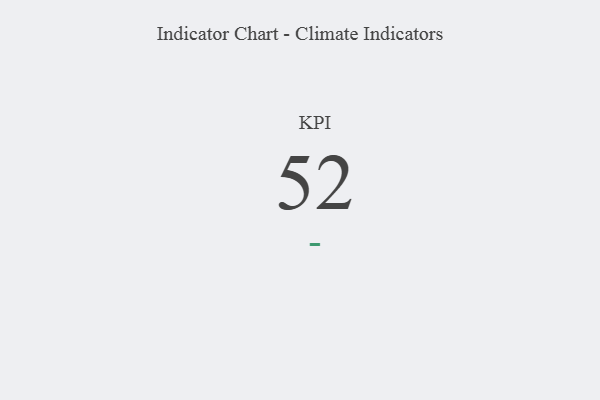
{"axis": {"x": "KPI", "y": "Value"}, "legend": [""], "data": [{"x": "KPI", "y": 52, "type": ""}]}